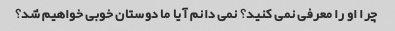
چرا او را معرفی نمی کنید؟ نمی دانم آیا ما دوستان خوبی خواهیم شد؟